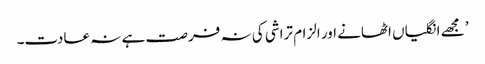
’ مجھے انگلیاں اٹھانے اور الزام تراشی کی نہ فرصت ہے نہ عادت۔